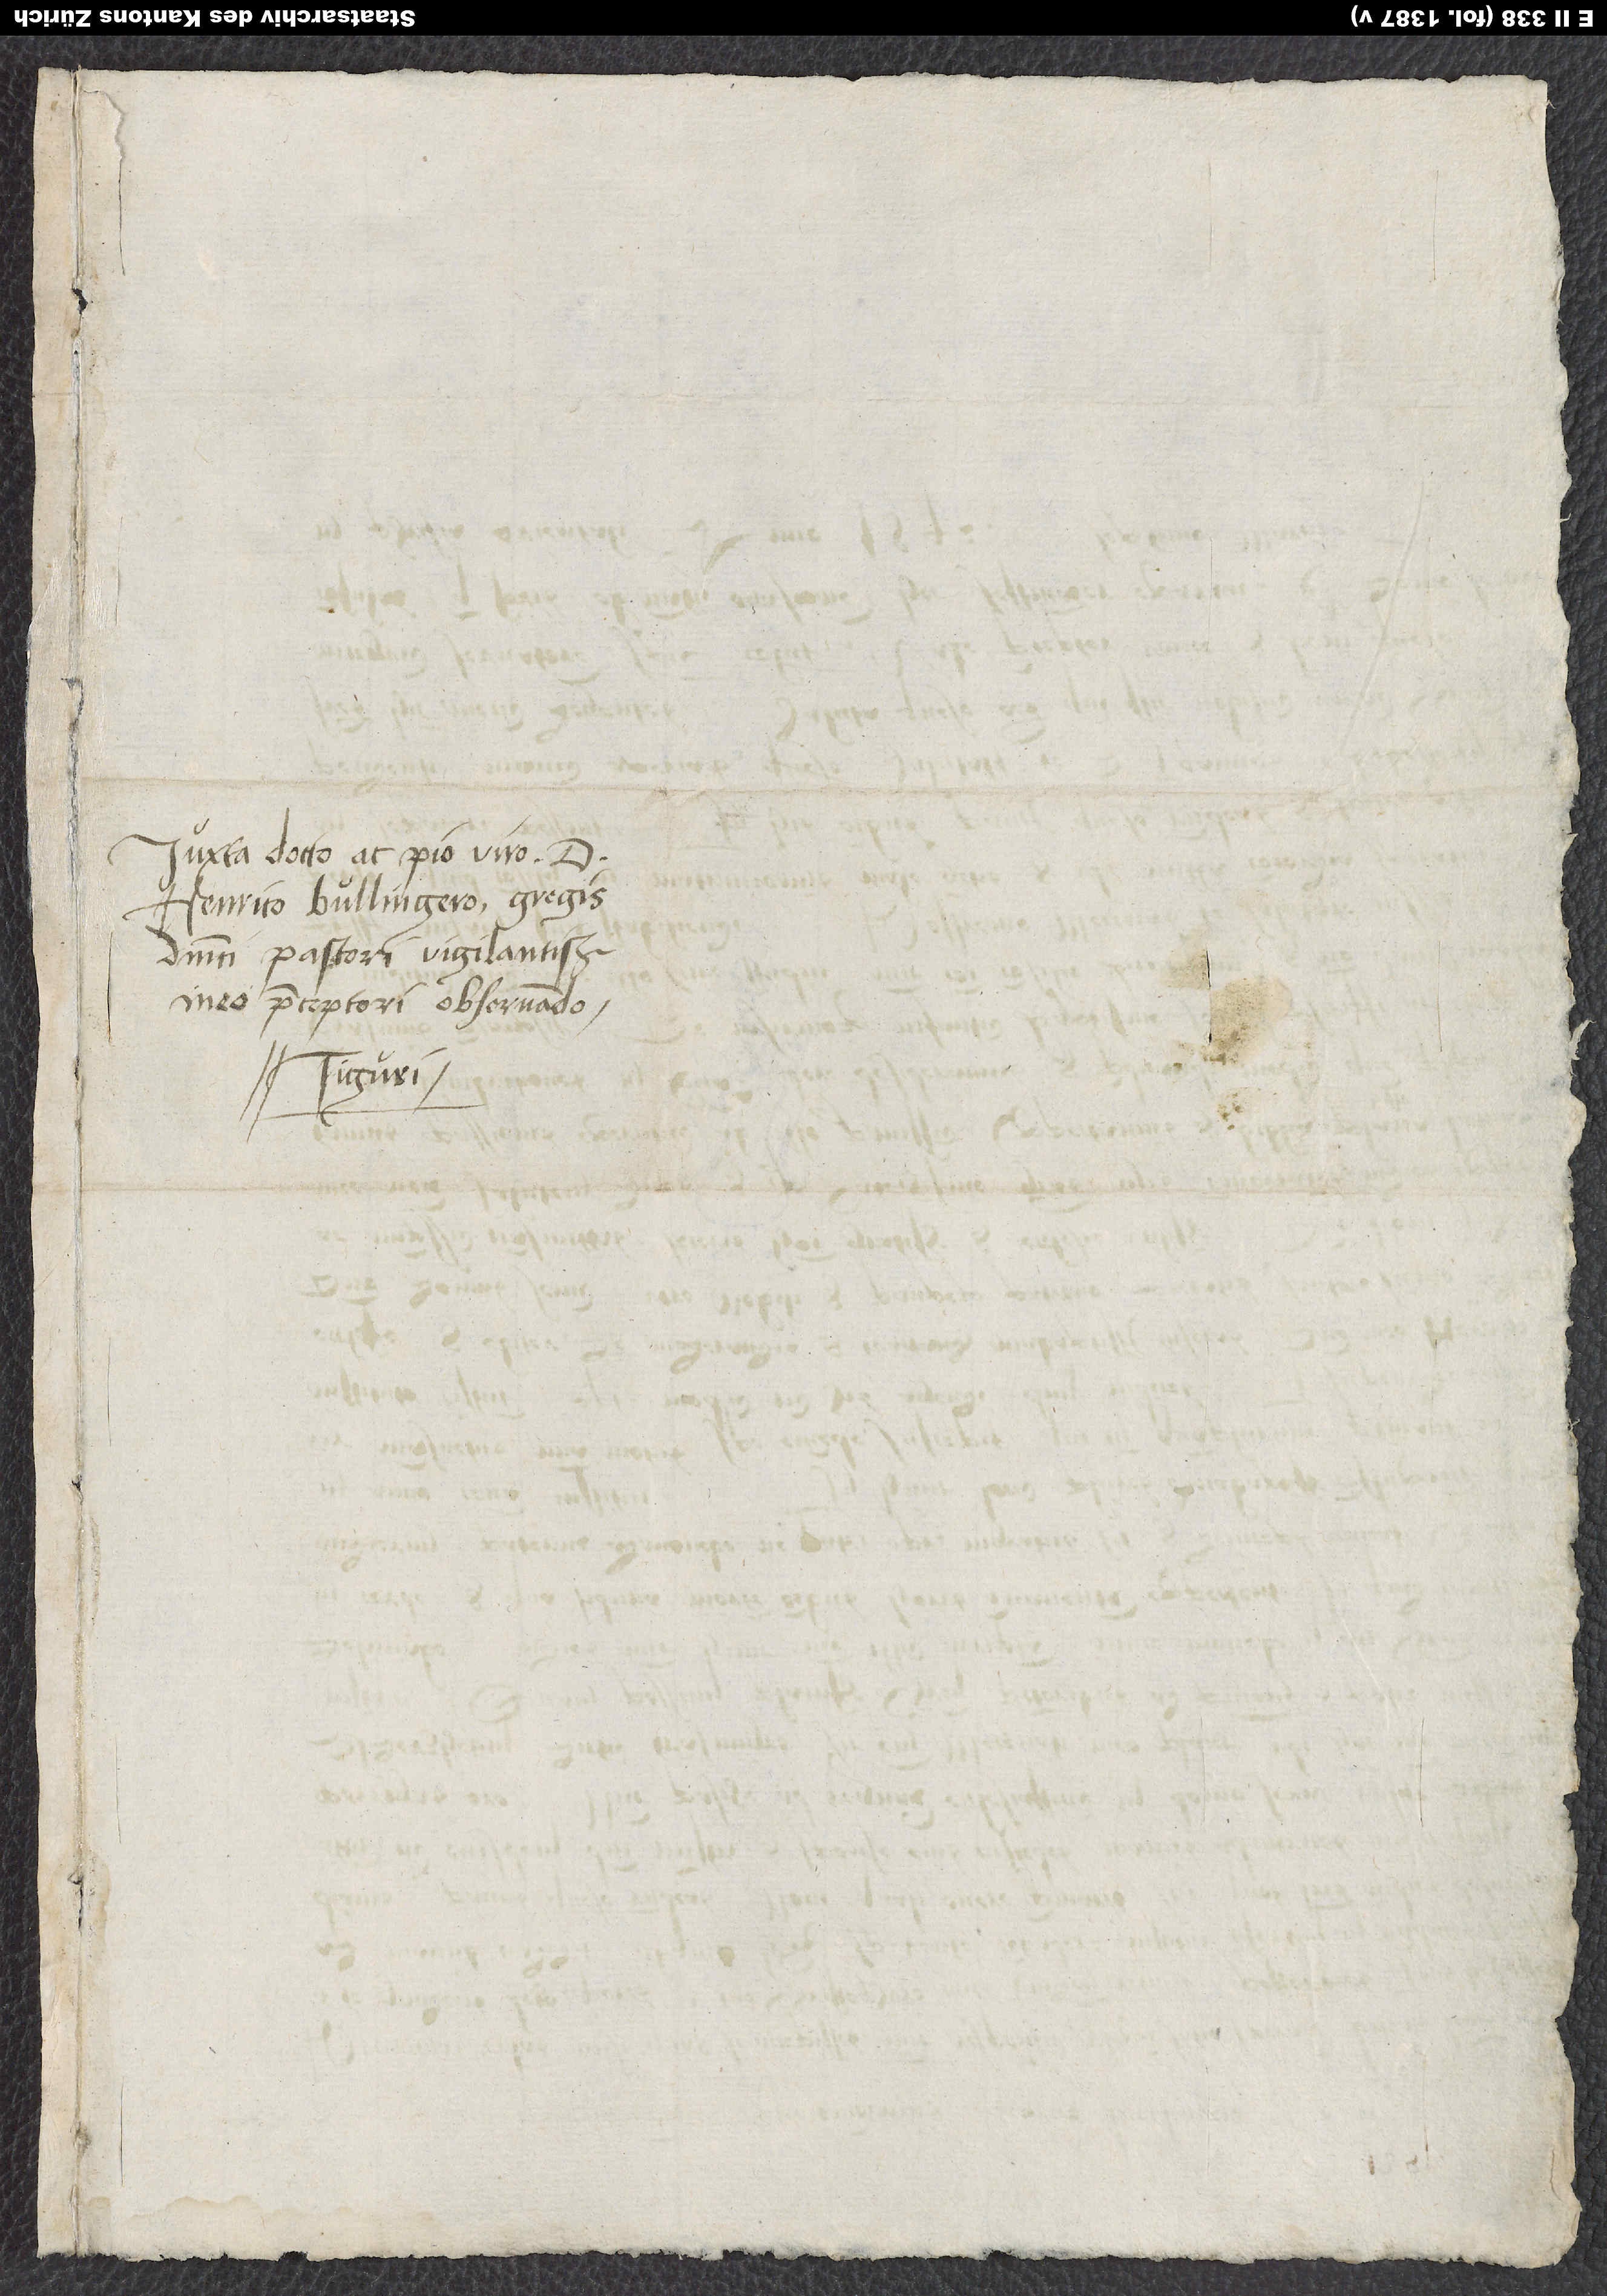
Iuxta docto ac pio viro d.
Henrico Bullingero, gregis
dominici pastori vigilantissimo,
meo praeceptori observando.
Tiguri.